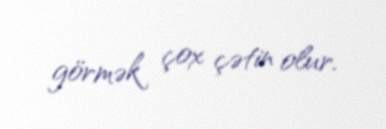
görmək çox çətin olur.